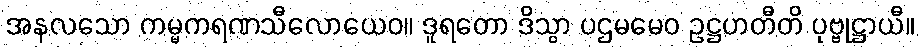
အနလသော ကမ္မကရဏသီလောယေဝ။ ဒူရတော ဒိသွာ ပဌမမေဝ ဥဋ္ဌဟတီတိ ပုဗ္ဗုဋ္ဌာယီ။